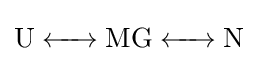
{\ce {U <-> MG <-> N}}